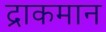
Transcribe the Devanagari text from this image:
द्राकमान